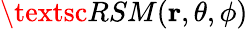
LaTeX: \textsc{RSM}(\mathbf{r},\theta,\phi)